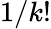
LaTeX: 1/k!